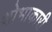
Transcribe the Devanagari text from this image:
शोभाकारी